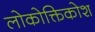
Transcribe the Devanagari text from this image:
लोकोक्तिकोश